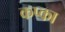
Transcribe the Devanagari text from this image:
कप्का